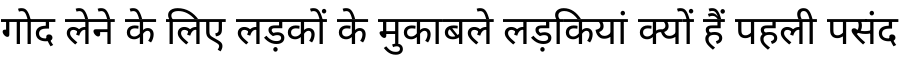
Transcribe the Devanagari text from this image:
गोद लेने के लिए लड़कों के मुकाबले लड़कियां क्यों हैं पहली पसंद